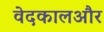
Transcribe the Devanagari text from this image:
वेदकालऔर